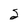
Character: 2